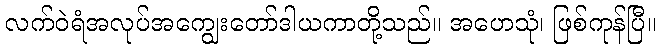
လက်ဝဲရံအလုပ်အကျွေးတော်ဒါယကာတို့သည်။ အဟေသုံ၊ ဖြစ်ကုန်ပြီ။